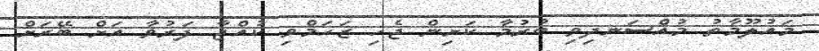
މައުލޫމާތު މުއްސަނދިވި ބުރުމާ ކަށިން ޖެހި ޒަހަމްވި ކުއްޖާ ފަރުވާ އަށް ބޭރަށް